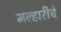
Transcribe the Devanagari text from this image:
मल्हारीचे